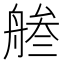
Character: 𦩓